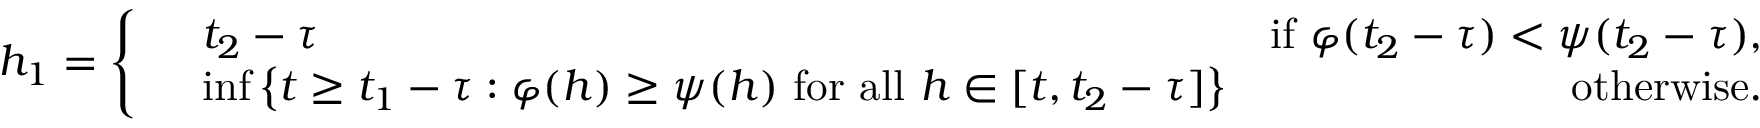
h _ { 1 } = \left\{ \begin{array} { r l r } & { t _ { 2 } - \tau } & { \mathrm { i f ~ } \varphi ( t _ { 2 } - \tau ) < \psi ( t _ { 2 } - \tau ) , } \\ & { \operatorname* { i n f } \left\{ t \geq t _ { 1 } - \tau : \varphi ( h ) \geq \psi ( h ) \mathrm { ~ f o r ~ a l l ~ } h \in [ t , t _ { 2 } - \tau ] \right\} } & { \mathrm { o t h e r w i s e . } } \end{array} \right.